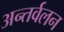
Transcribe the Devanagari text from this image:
अन्तर्वलन